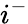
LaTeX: i^{-}